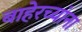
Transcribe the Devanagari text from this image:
बाहेरच्यांना